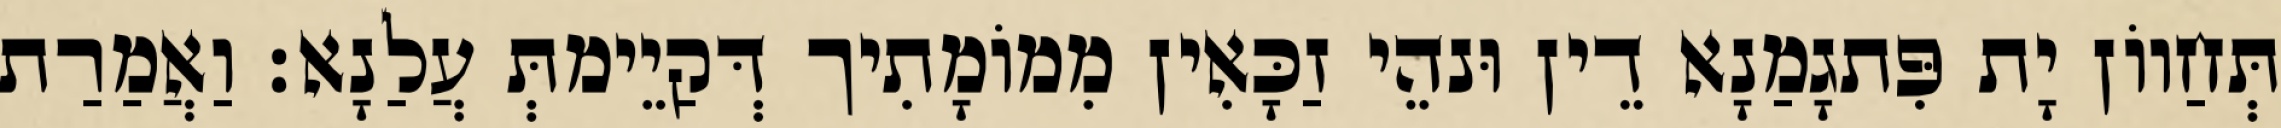
תְּחַווֹן יָת פִּתגָמַנָא דֵין וּנהֵי זַכָּאִין מִמוֹמָתִיך דְּקַיֵימתְּ עֲלַנָא׃ וַאֲמַרַת